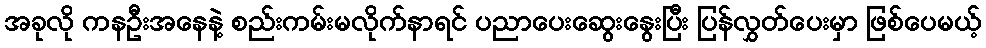
အခုလို ကနဦးအနေနဲ့ စည်းကမ်းမလိုက်နာရင် ပညာပေးဆွေးနွေးပြီး ပြန်လွှတ်ပေးမှာ ဖြစ်ပေမယ့်